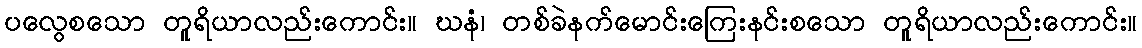
ပလွေစသော တူရိယာလည်းကောင်း။ ဃနံ၊ တစ်ခဲနက်မောင်းကြေးနင်းစသော တူရိယာလည်းကောင်း။